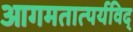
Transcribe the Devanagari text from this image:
आगमतात्पर्यविद्